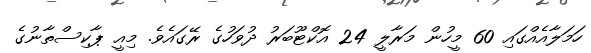
ހަމަލާއެއްގައި 60 މީހުން މަރާލީ 24 އޮކްޓޫބަރު ދުވަހުގެ ރޭގައެވެ. މިއީ ޕާކިސްތާނުގެ